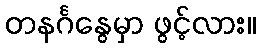
တနင်္ဂနွေမှာ ဖွင့်လား။